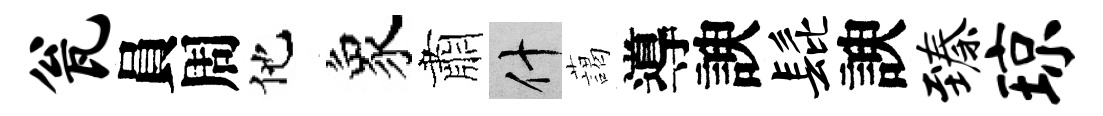
瓮員周他象肅什藹導諛髭諛臻琼